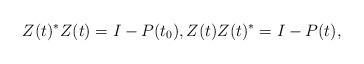
LaTeX: \begin{align*}Z(t)^*Z(t)=I-P(t_0), Z(t)Z(t)^*=I-P(t),\end{align*}